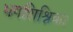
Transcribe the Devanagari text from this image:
भगशिश्निका